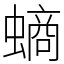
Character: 螪